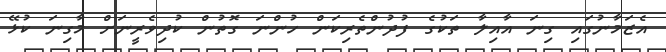
އެޒަމާނުގައި ގިނަ އާއިލާ ތަކުގެ ފުދުންތެރިކަން ހުންނަ ގޮތުން ކުދިވެރީނަށް މާގިނަ ކުޅޭ